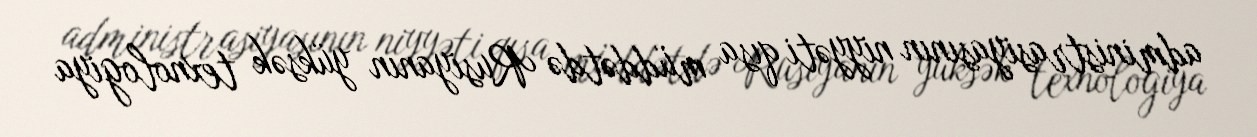
administrasiyasının niyyəti qısa müddətdə Rusiyanın yüksək texnologiya